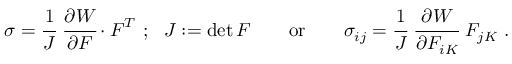
{ \boldsymbol { \sigma } } = { \cfrac { 1 } { J } } ~ { \cfrac { \partial W } { \partial { \boldsymbol { F } } } } \cdot { \boldsymbol { F } } ^ { T } ~ ; ~ ~ J : = \operatorname* { d e t } { \boldsymbol { F } } \qquad { \mathrm { o r } } \qquad \sigma _ { i j } = { \cfrac { 1 } { J } } ~ { \cfrac { \partial W } { \partial F _ { i K } } } ~ F _ { j K } ~ .